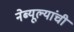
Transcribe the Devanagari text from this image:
नेब्यूल्यांची